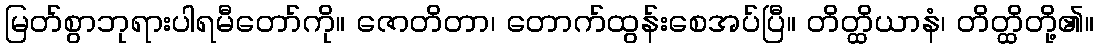
မြတ်စွာဘုရားပါရမီတော်ကို။ ဇောတိတာ၊ တောက်ထွန်းစေအပ်ပြီ။ တိတ္ထိယာနံ၊ တိတ္ထိတို့၏။